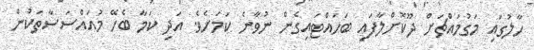
ހާލުގައި މަގުމައްޗަށް ދޫކޮށްލާފައި ބަހައްޓައިގެން ނުވާނެ ކަމަށެވެ. އަދި ކަމާ ބެހޭ މުއައްސަސާތަކުން